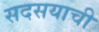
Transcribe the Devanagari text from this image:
सदसयाची